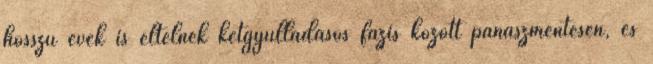
hosszú évek is eltelnek kétgyulladásos fázis között panaszmentesen, és